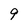
Character: 9